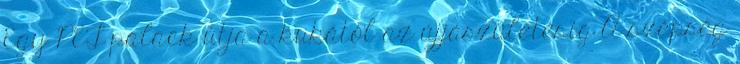
Egy PET-palack útja a kukától az újjászületésig A szépség